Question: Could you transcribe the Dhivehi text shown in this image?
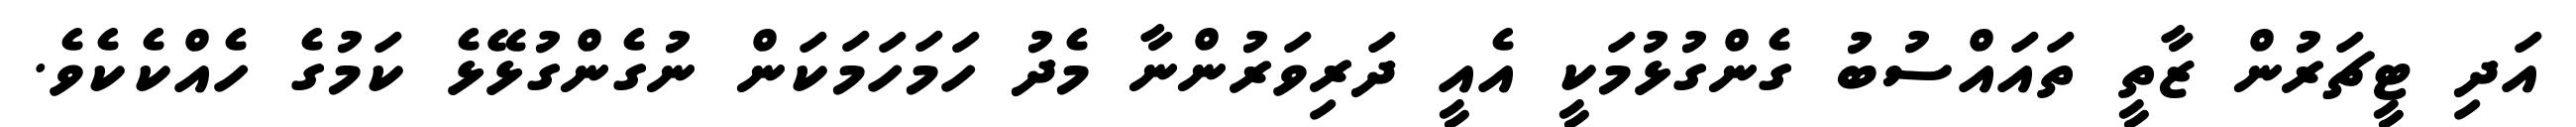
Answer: އަދި ޓީޗަރުން ޒާތީ ތައައްސުބު ގެންގުޅުމަކީ އެއީ ދަރިވަރުންނާ މެދު ހަމަހަމަކަން ނުގެންގުޅޭޅެ ކަމުގެ ހެއްކެކެވެ.